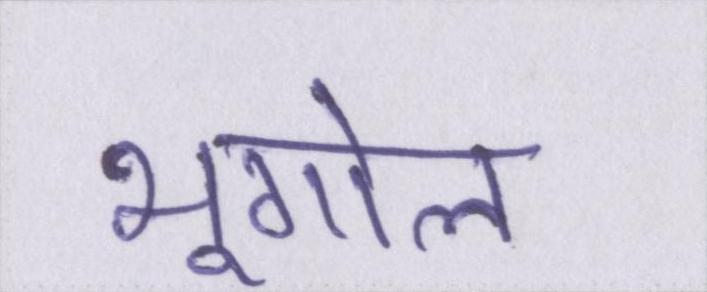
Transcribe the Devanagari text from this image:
भूगोल